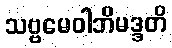
သဗ္ဗမေဝါဘိမဒ္ဒတိ